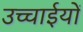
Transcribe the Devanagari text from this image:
उच्चाईयों